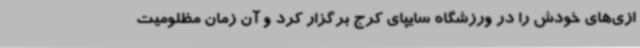
ازی‌های خودش را در ورزشگاه سایپای کرج برگزار کرد و آن زمان مظلومیت